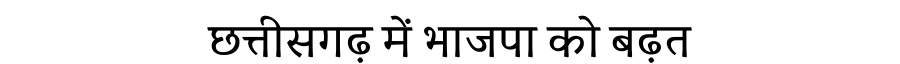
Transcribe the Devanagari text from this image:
छत्तीसगढ़ में भाजपा को बढ़त